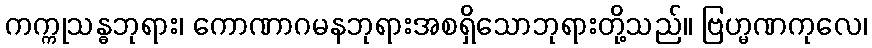
ကက္ကုသန္ဓဘုရား၊ ကောဏာဂမနဘုရားအစရှိသောဘုရားတို့သည်။ ဗြဟ္မဏကုလေ၊